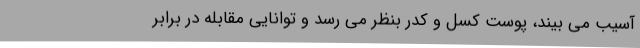
آسیب می بیند، پوست کسل و کدر بنظر می رسد و توانایی مقابله در برابر